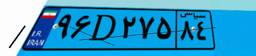
۹۶D۲۷۵۸۴